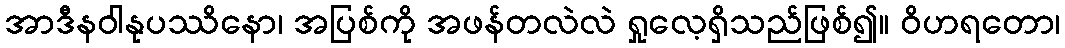
အာဒီနဝါနုပဿိနော၊ အပြစ်ကို အဖန်တလဲလဲ ရှုလေ့ရှိသည်ဖြစ်၍။ ဝိဟရတော၊